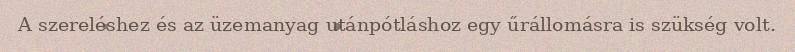
A szereléshez és az üzemanyag utánpótláshoz egy űrállomásra is szükség volt.